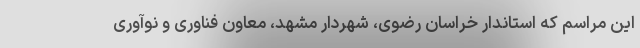
این مراسم که استاندار خراسان رضوی، شهردار مشهد، معاون فناوری و نوآوری